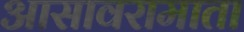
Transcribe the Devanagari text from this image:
आसावरामाता